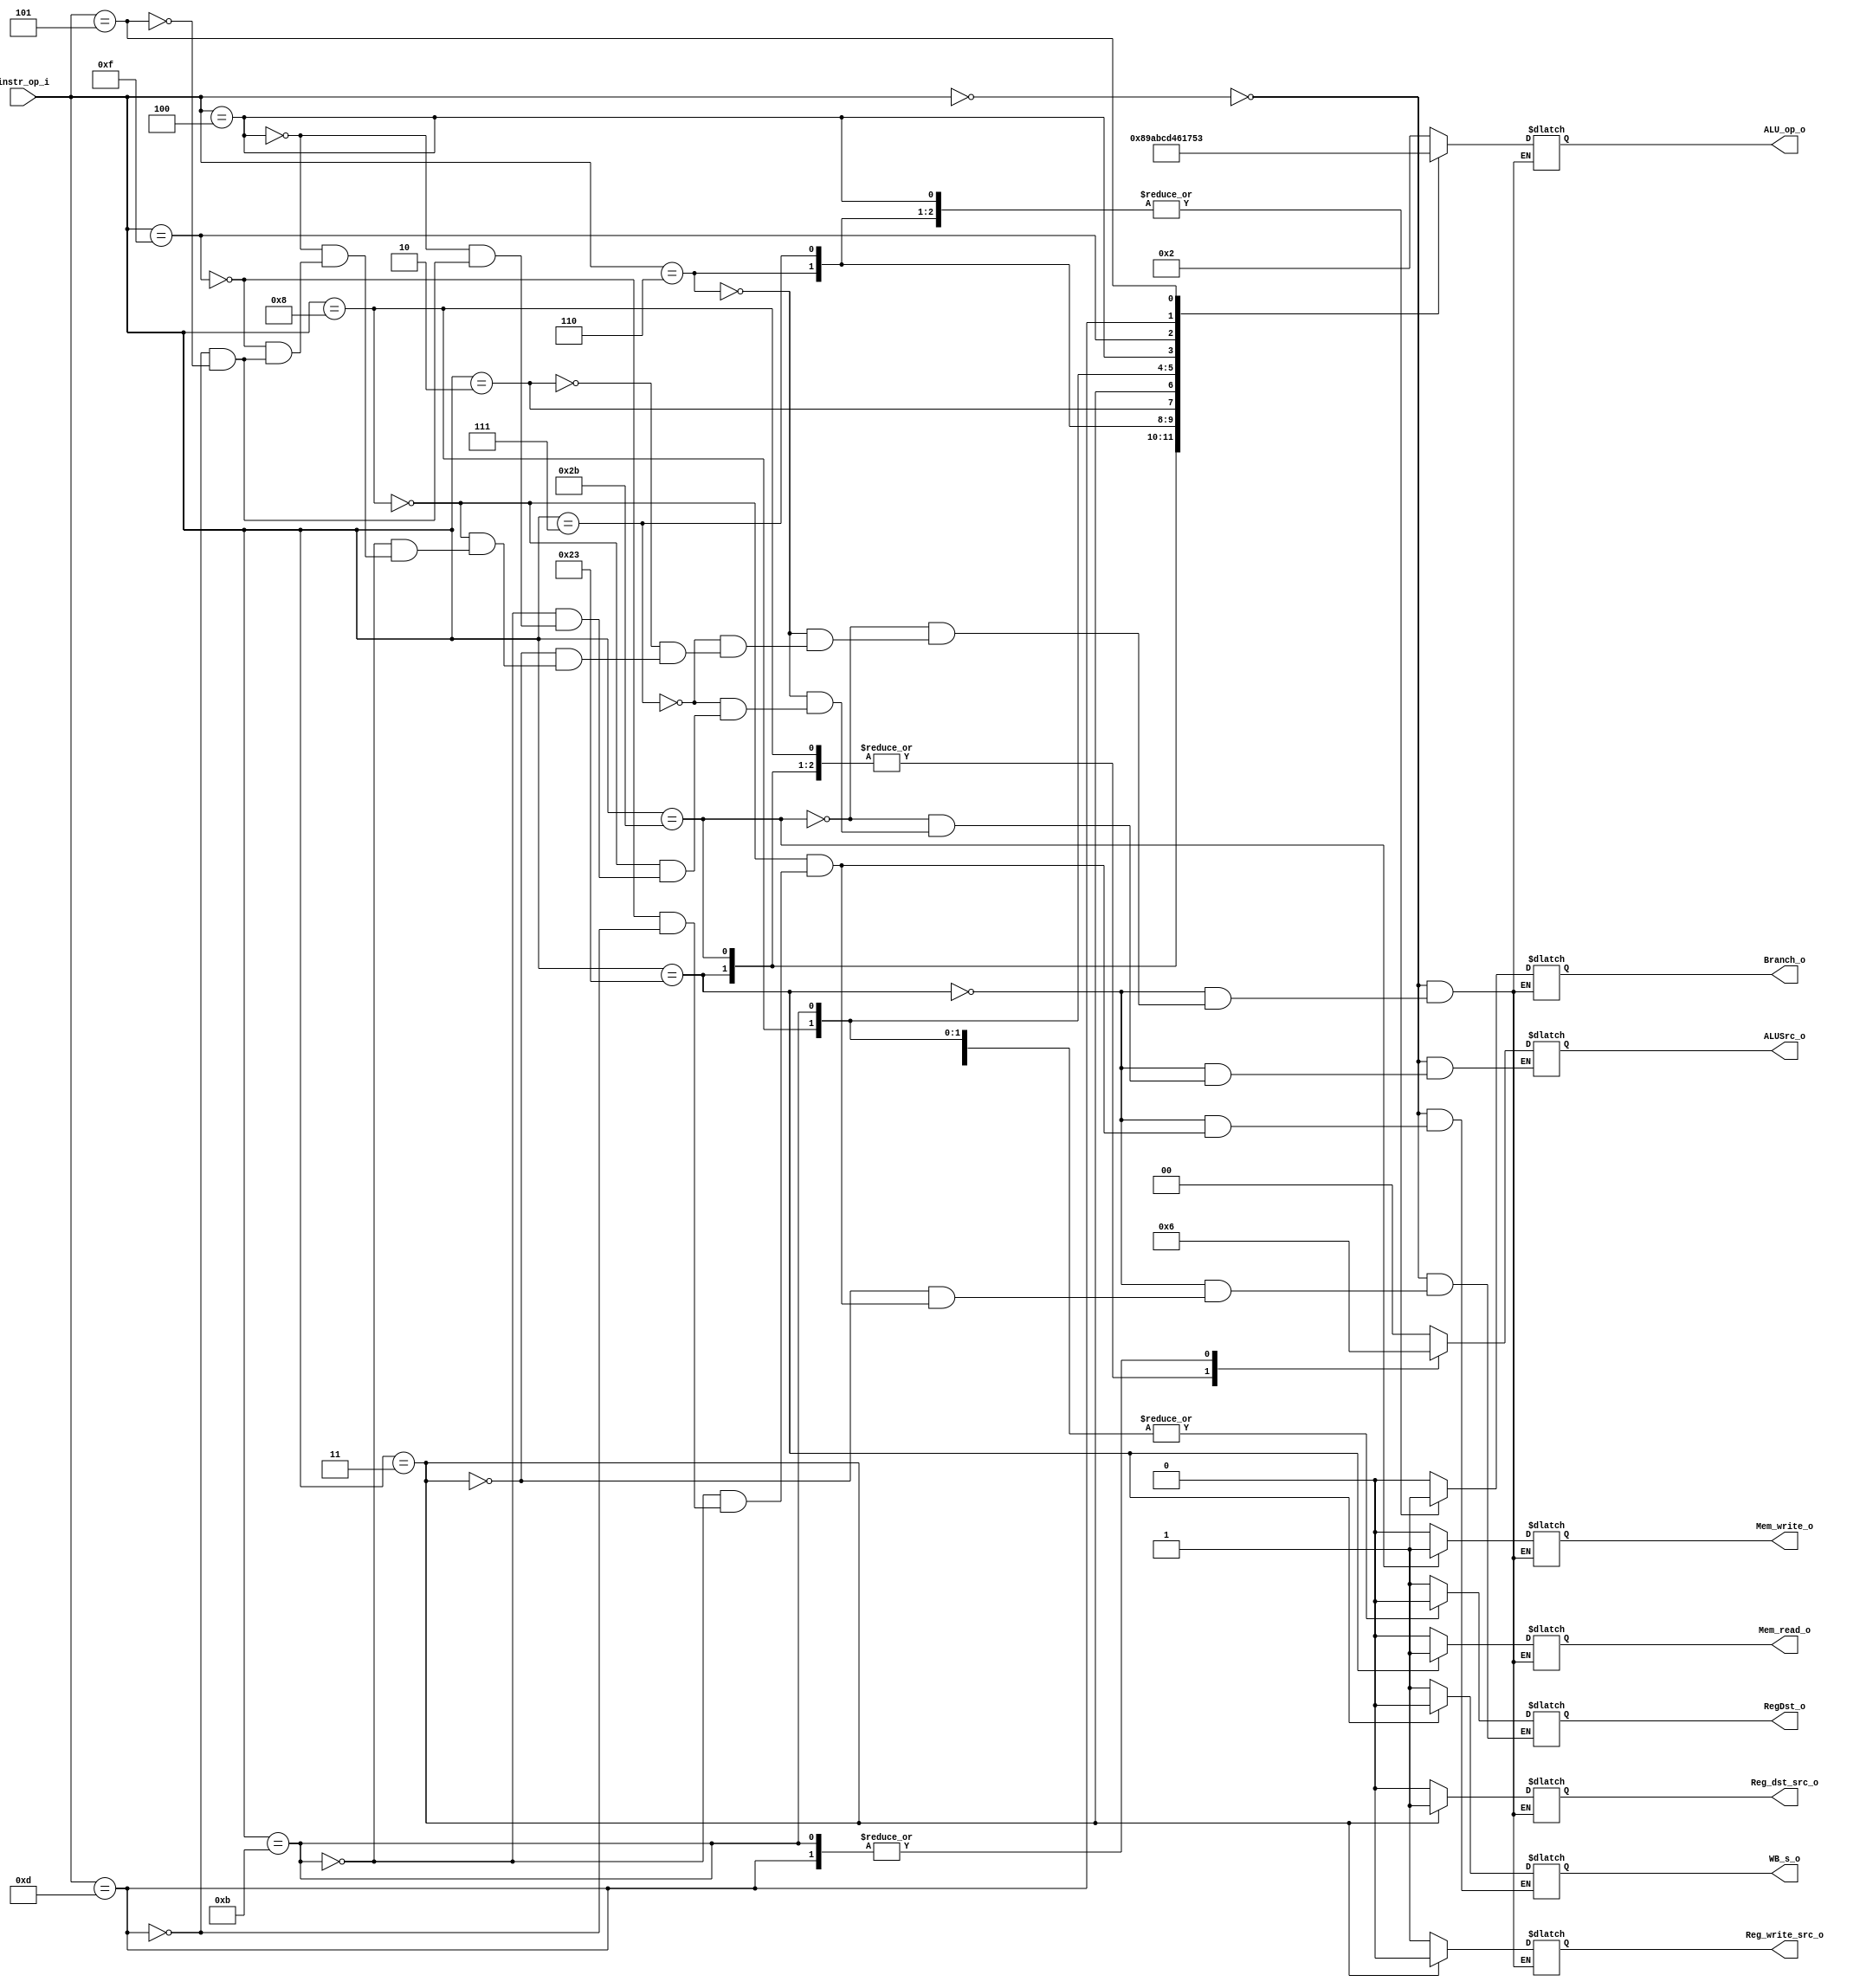

module Decoder(
    instr_op_i,
    ALU_op_o,
    ALUSrc_o,
    RegDst_o,
    Branch_o,
    Mem_read_o,
    Mem_write_o,
    Reg_write_src_o,
    Reg_dst_src_o,
    WB_s_o
    );

//I/O ports
input  [6-1:0] instr_op_i;

output [3:0] ALU_op_o;
output [1:0]   ALUSrc_o;
output         RegDst_o;
output         Branch_o;
output         Mem_read_o;
output         Mem_write_o;
output         Reg_write_src_o;
output         Reg_dst_src_o;
output         WB_s_o;


//Internal Signals
reg    [3:0] ALU_op_o;
reg     [1:0]   ALUSrc_o;
reg            RegDst_o;
reg            Branch_o;
reg            Mem_read_o;
reg            Mem_write_o;
reg            Reg_write_src_o;
reg            Reg_dst_src_o;
reg            WB_s_o;

always@(*)
begin
    case(instr_op_i)
        6'b000000://r-type
            begin 
            ALU_op_o=4'b0010;
            ALUSrc_o=2'b00;
            RegDst_o=1'b1;
            Branch_o=1'b0;
            Mem_read_o=1'b0;
            Mem_write_o=1'b0;
            Reg_write_src_o=1'b1;
            Reg_dst_src_o=1'b0;
            WB_s_o=1'b1;
            end 
        6'b100011://LW
            begin 
            ALU_op_o=4'b1000;
            ALUSrc_o=2'b01;
            RegDst_o=1'b0;
            Branch_o=1'b0;
            Mem_read_o=1'b1;
            Mem_write_o=1'b0;
            Reg_write_src_o=1'b1;
            Reg_dst_src_o=1'b0;
            WB_s_o=1'b0;
            end 
        6'b101011://SW
            begin
            ALU_op_o=4'b1001;
            ALUSrc_o=2'b01;
            //RegDst_o=1'b1;
            Branch_o=1'b0;
            Mem_read_o=1'b0;
            Mem_write_o=1'b1;
            Reg_write_src_o=1'b1;
            Reg_dst_src_o=1'b0;
            //WB_s_o=1'b1;
            end 
        6'b000110://blez
            begin //1010 00 . 1 0 0 1 0 .
            ALU_op_o=4'b1010;
            ALUSrc_o=2'b00;
            //RegDst_o=1'b1;
            Branch_o=1'b1;
            Mem_read_o=1'b0;
            Mem_write_o=1'b0;
            Reg_write_src_o=1'b1;
            Reg_dst_src_o=1'b0;
            //WB_s_o=1'b1;
            end 
        6'b000111://bgtz
            begin //1011 00 . 1 0 0 1 0 .
            ALU_op_o=4'b1011;
            ALUSrc_o=2'b00;
            //RegDst_o=1'b1;
            Branch_o=1'b1;
            Mem_read_o=1'b0;
            Mem_write_o=1'b0;
            Reg_write_src_o=1'b1;
            Reg_dst_src_o=1'b0;
            //WB_s_o=1'b1;
            end 
        6'b000010://j
            begin //1100 . . 0 0 0 1 0 .
            ALU_op_o=4'b1100;
            //ALUSrc_o=2'b00;
            //RegDst_o=1'b1;
            Branch_o=1'b0;
            Mem_read_o=1'b0;
            Mem_write_o=1'b0;
            Reg_write_src_o=1'b1;
            Reg_dst_src_o=1'b0;
            //WB_s_o=1'b1;
            end
        6'b000011://jal
            begin //1101 . 1 0 0 0 0 1 .
            ALU_op_o=4'b1101;
            //ALUSrc_o=2'b00;
            RegDst_o=1'b1;
            Branch_o=1'b0;
            Mem_read_o=1'b0;
            Mem_write_o=1'b0;
            Reg_write_src_o=1'b0;
            Reg_dst_src_o=1'b1;
            //WB_s_o=1'b1;
            end  
        6'b001000://addi
            begin //0100 01 0 0 0 0 1 0 1
            ALU_op_o=4'b0100;
            ALUSrc_o=2'b01;
            RegDst_o=1'b0;
            Branch_o=1'b0;
            Mem_read_o=1'b0;
            Mem_write_o=1'b0;
            Reg_write_src_o=1'b1;
            Reg_dst_src_o=1'b0;
            WB_s_o=1'b1;
            end 
        6'b001011://sltiu
            begin //0110 11 0 0 0 0 1 0 1
            ALU_op_o=4'b0110;
            ALUSrc_o=2'b10;
            RegDst_o=1'b0;
            Branch_o=1'b0;
            Mem_read_o=1'b0;
            Mem_write_o=1'b0;
            Reg_write_src_o=1'b1;
            Reg_dst_src_o=1'b0;
            WB_s_o=1'b1;
            end 
        6'b000100://beq
            begin //0001 00 . 1 0 0 1 0 .
            ALU_op_o=4'b0001;
            ALUSrc_o=2'b00;
            //RegDst_o=1'b1;
            Branch_o=1'b1;
            Mem_read_o=1'b0;
            Mem_write_o=1'b0;
            Reg_write_src_o=1'b1;
            Reg_dst_src_o=1'b0;
            //WB_s_o=1'b1;
            end 
        6'b001111://lui
            begin //0111 . 0 0 0 0 1 0 1
            ALU_op_o=4'b0111;
            //ALUSrc_o=2'b00;
            RegDst_o=1'b0;
            Branch_o=1'b0;
            Mem_read_o=1'b0;
            Mem_write_o=1'b0;
            Reg_write_src_o=1'b1;
            Reg_dst_src_o=1'b0;
            WB_s_o=1'b1;
            end 
        6'b001101://ori
            begin // 0101 01 0 0 0 0 1 0 1
            ALU_op_o=4'b0101;
            ALUSrc_o=2'b10;
            RegDst_o=1'b0;
            Branch_o=1'b0;
            Mem_read_o=1'b0;
            Mem_write_o=1'b0;
            Reg_write_src_o=1'b1;
            Reg_dst_src_o=1'b0;
            WB_s_o=1'b1;
            end  
        6'b000101://bne
            begin //0011 00 . 1 0 0 1 0 .
            ALU_op_o=4'b0011;
            ALUSrc_o=2'b00;
            //RegDst_o=1'b1;
            Branch_o=1'b1;
            Mem_read_o=1'b0;
            Mem_write_o=1'b0;
            Reg_write_src_o=1'b1;
            Reg_dst_src_o=1'b0;
            //WB_s_o=1'b1;
            end 
    endcase
end


endmodule